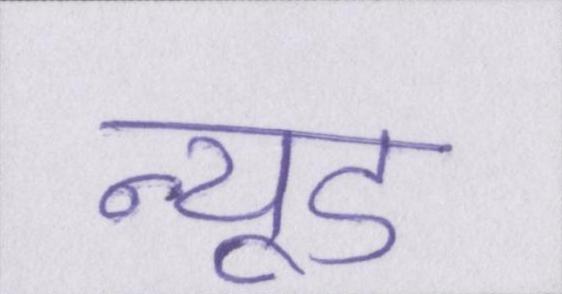
न्यूड